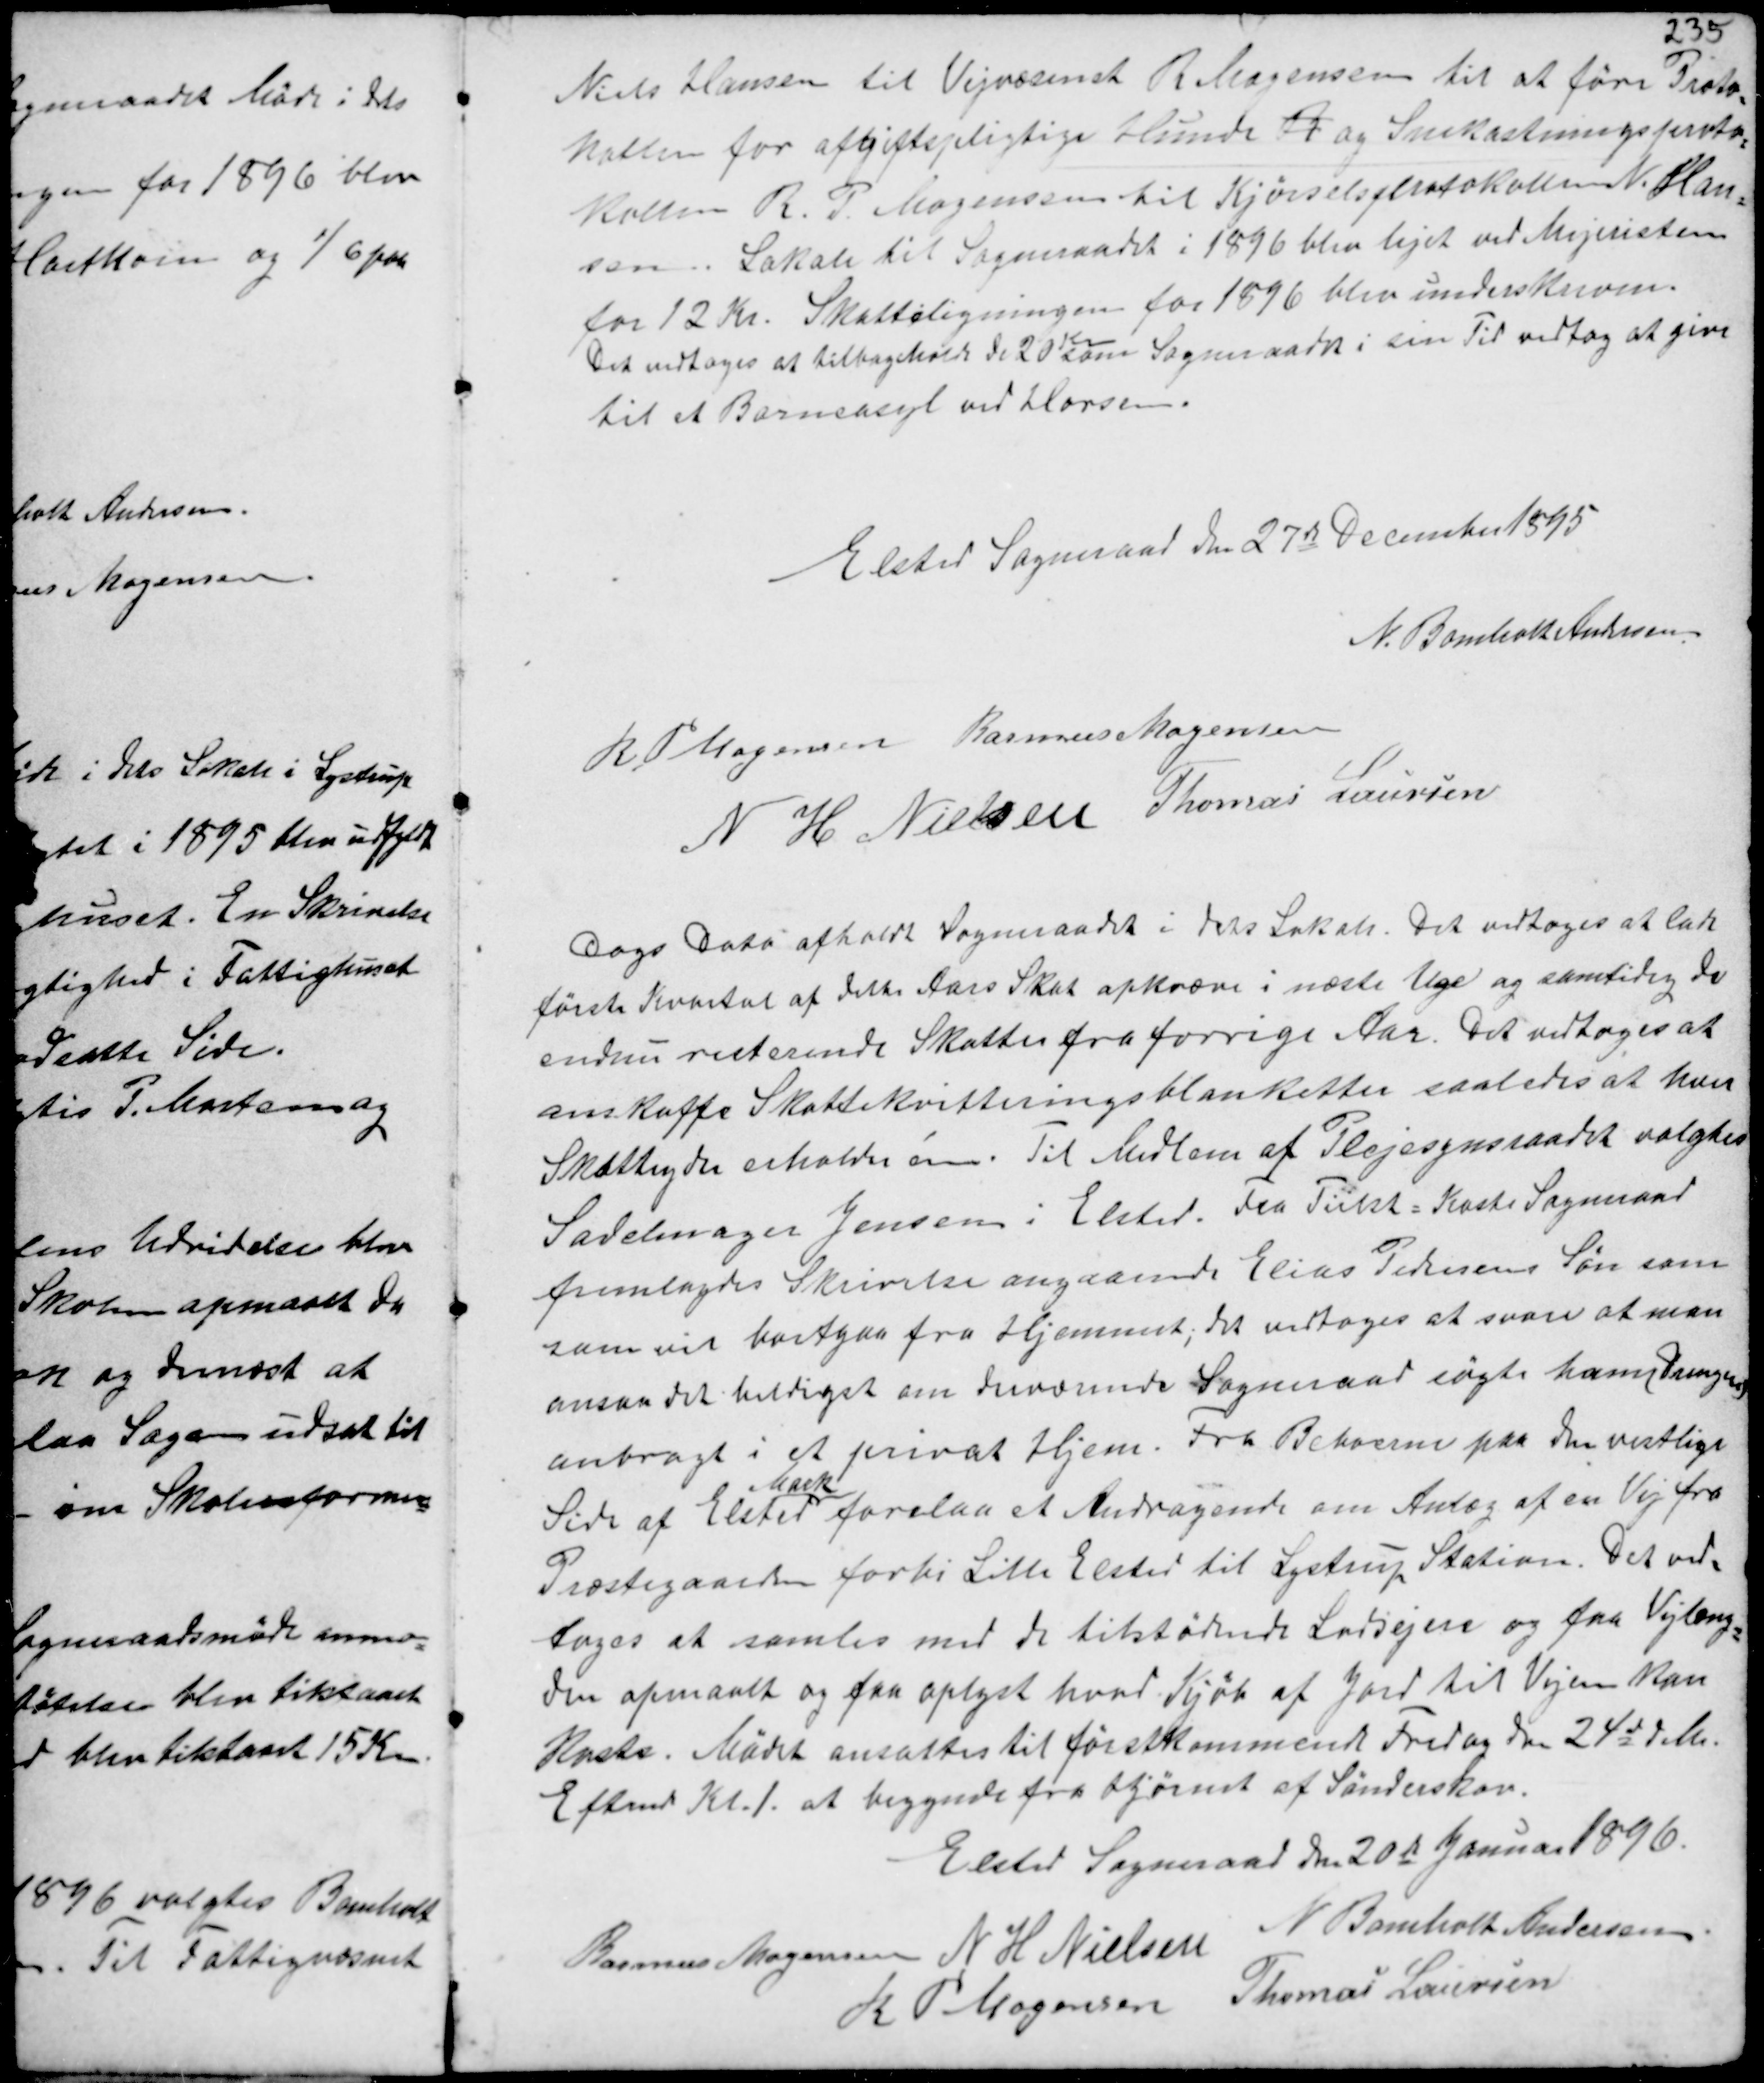
Transskription:
Niels Hansen til Vejvæsenet R Mogensen til at føre Proto-
kollen for afgiftpligtige Hunde R og Snekastningsproto-
kollen R. P. Mogensen til Kjørselsprotokollen N. Han-
sen. Lokale til Sogneraadet i 1896 blev lejet ved Mejeristen
for 12 Kr. Skatteligningen for 1896 blev underskreven.
Det vedtoges at tilbageholde de 20
Kr
som Sogneraadet i sin Tid vedtog at give
til et Børneasyl ved Horsens.

Elsted Sogneraad den 27de December 1895
N. Bomholt Andersen
R P Mogensen Rasmus Mogensen
N H Nielsen Thomas Laursen

Dags Dato afholdt Sogneraadet i dets Lokale. Det vedtoges at lade
første Kvartal af dette Aars Skat opkræve i næste Uge og samtidig de
endnu resterende Skatter fra forrige Aar. Det vedtoges at
anskaffe Skattekvitteringsblanketter saaledes at kun
Skatteyder erholder en. Til Medlem af Plejesynsraadet valgtes
Sadelmager Jensen i Elsted. Fra Tiilst - Kaste Sogneraad
fremlagdes Skrivelse angaaende Elias Pedersens Søn som
som vil bortgaa fra Hjemmet; det vedtoges at svare at man
ansaa det heldigst om derværende Sogneraad søgte ham (Drengen)
anbragt i et privat Hjem. Fra Beboerne paa den vestlige
Side af Elsted
Mark
forelaa et Andragende om Anlæg af en Vej fra
Præstegaarden forbi Lille Elsted til Lystrup Station. Det ved-
toges at samles med de tilstødende Lodsejere og faa Vejlæng-
den opmaalt og faa oplyst hvad Kjøb af Jord til Vejen kan
Koste. Mødet ansattes til førstkommende Fredag den 24de d.M.
Eftermd Kl. 1 at begynde fra Hjørnet af Sønderskov.
Elsted Sogneraad den 20de Januar 1896.
Rasmus Mogensen N H Nielsen
N Bomholt Andersen
R P Mogensen
Thomas Laursen